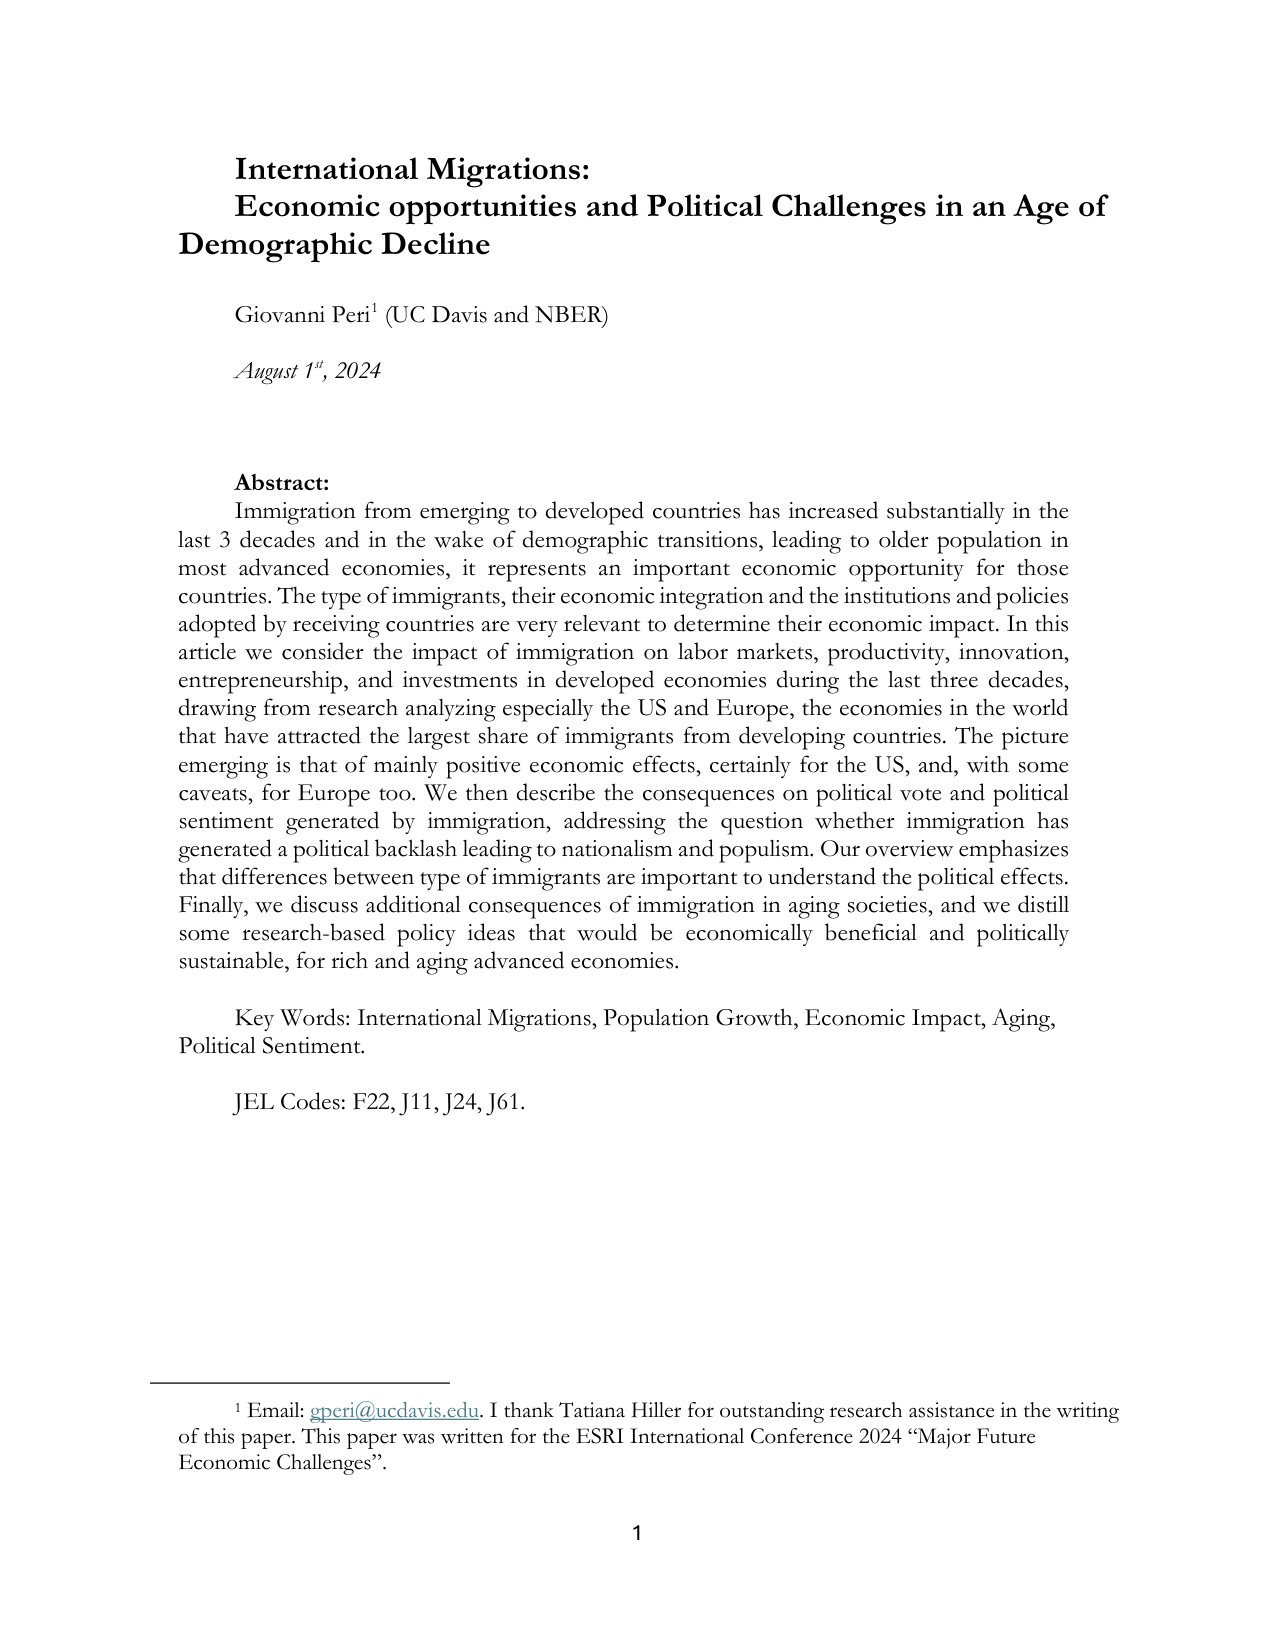
International Migrations:
Economic opportunities and Political Challenges in an Age of
Demographic Decline

Giovanni Peri¹ (UC Davis and NBER)
August 1st, 2024

Abstract:
Immigration from emerging to developed countries has increased substantially in the last 3 decades and in the wake of demographic transitions, leading to older population in most advanced economies, it represents an important economic opportunity for those countries. The type of immigrants, their economic integration and the institutions and policies adopted by receiving countries are very relevant to determine their economic impact. In this article we consider the impact of immigration on labor markets, productivity, innovation, entrepreneurship, and investments in developed economies during the last three decades, drawing from research analyzing especially the US and Europe, the economies in the world that have attracted the largest share of immigrants from developing countries. The picture emerging is that of mainly positive economic effects, certainly for the US, and, with some caveats, for Europe too. We then describe the consequences on political vote and political sentiment generated by immigration, addressing the question whether immigration has generated a political backlash leading to nationalism and populism. Our overview emphasizes that differences between type of immigrants are important to understand the political effects. Finally, we discuss additional consequences of immigration in aging societies, and we distill some research-based policy ideas that would be economically beneficial and politically sustainable, for rich and aging advanced economies.

Key Words: International Migrations, Population Growth, Economic Impact, Aging, Political Sentiment.

JEL Codes: F22, J11, J24, J61.

¹ Email: gperi@ucdavis.edu. I thank Tatiana Hiller for outstanding research assistance in the writing of this paper. This paper was written for the ESRI International Conference 2024 “Major Future Economic Challenges”.

1